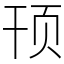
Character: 顸